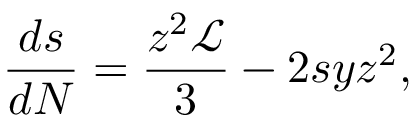
\frac { d s } { d N } = \frac { z ^ { 2 } \mathcal { L } } { 3 } - 2 s y z ^ { 2 } ,